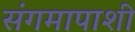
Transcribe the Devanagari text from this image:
संगमापाशी